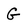
Character: G